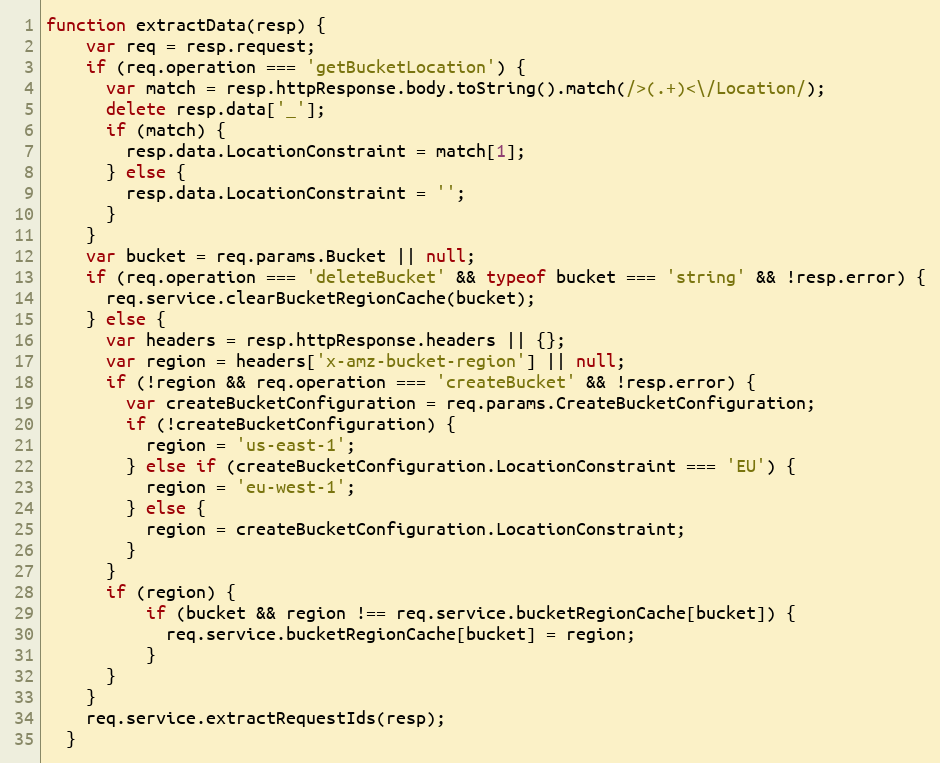
Language: JavaScript
function extractData(resp) {
    var req = resp.request;
    if (req.operation === 'getBucketLocation') {
      var match = resp.httpResponse.body.toString().match(/>(.+)<\/Location/);
      delete resp.data['_'];
      if (match) {
        resp.data.LocationConstraint = match[1];
      } else {
        resp.data.LocationConstraint = '';
      }
    }
    var bucket = req.params.Bucket || null;
    if (req.operation === 'deleteBucket' && typeof bucket === 'string' && !resp.error) {
      req.service.clearBucketRegionCache(bucket);
    } else {
      var headers = resp.httpResponse.headers || {};
      var region = headers['x-amz-bucket-region'] || null;
      if (!region && req.operation === 'createBucket' && !resp.error) {
        var createBucketConfiguration = req.params.CreateBucketConfiguration;
        if (!createBucketConfiguration) {
          region = 'us-east-1';
        } else if (createBucketConfiguration.LocationConstraint === 'EU') {
          region = 'eu-west-1';
        } else {
          region = createBucketConfiguration.LocationConstraint;
        }
      }
      if (region) {
          if (bucket && region !== req.service.bucketRegionCache[bucket]) {
            req.service.bucketRegionCache[bucket] = region;
          }
      }
    }
    req.service.extractRequestIds(resp);
  }